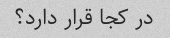
در کجا قرار دارد؟